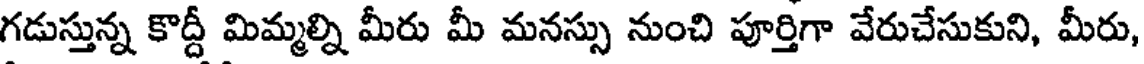
గడుస్తున్న కొద్దీ మిమ్మల్ని మీరు మీ మనస్సు నుంచి పూర్తిగా వేరుచేసుకుని, మీరు,